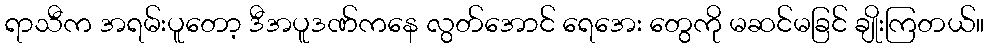
ရာသီက အရမ်းပူတော့ ဒီအပူဒဏ်ကနေ လွတ်အောင် ရေအေး တွေကို မဆင်မခြင် ချိုးကြတယ်။